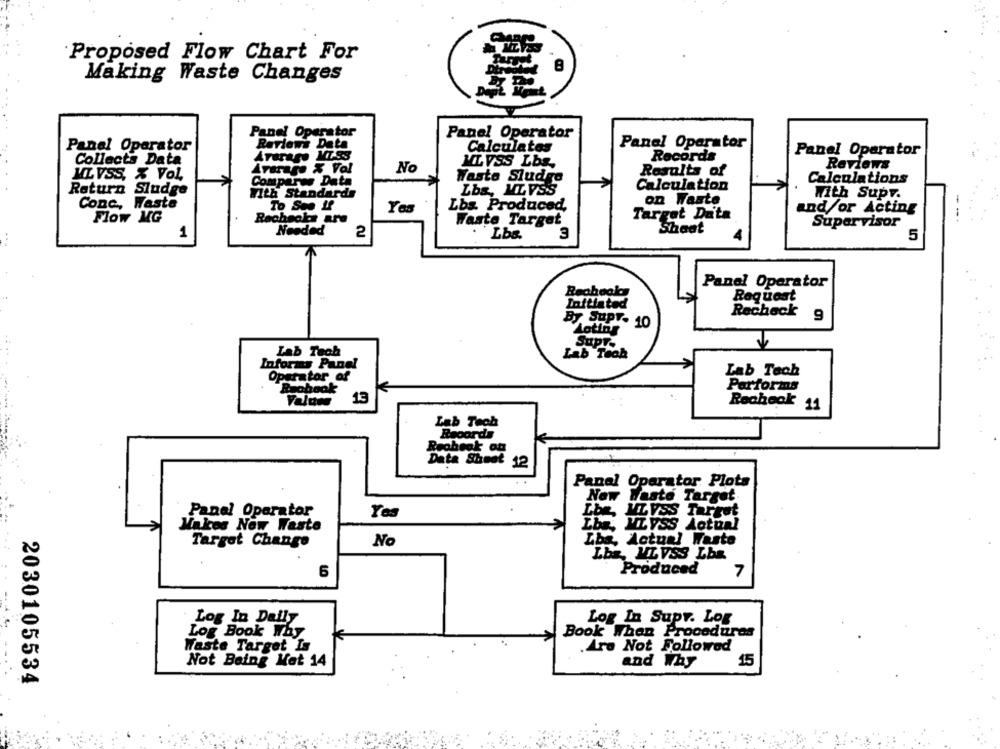
Proposed Flow Chart For
Making Waste Changes
Panel Operator
Panel Operator
Panel Operator
Reviews Data
Calculates
Panel Operator
Records
Panel Operator
Collects Data
MLVSS Lbs
Reviews
Average & Val
No
Results of
MLVSS, % Vol.
Waste Sludge
Calculations
Compares Data
Calculation
Return Sludge
With Standards
Lbs, MLVSS
With Supv.
Conc ., Waste
on Waste
To See If
Yes
Lbs. Produced,
and/or Acting
Target Data
Flow MG
Rechecks are
Waste Target
Supervisor
Needed
Shaat
1
2
Lbs.
5
Panel Operator
Reghook
Request
Initiated
Recheck
By SuPT- 10
9
Loting
Supr-
Lab Tech
Lab Tech
Informs Panel
Lab Tech
Operator of
Beabook
Parforms
13
Recheck
11
Lab Tech
Records
Recheak ot
Data Sheet 12
Panal Operator Plots
New Waste Target
Panel Operator
Yes
Lbe, MLVSS Target
LbR. MLYSS Aotunl
Makes Now Waste
Lbs, Actual Waste
Target Change
No
Lba, MLVSS Lbs.
Produced
6
7
Log In Daily
Log In Supr. Log
Log Book Why
Book When Procedures
Waste Target Is
.Are Not Followed
Not Being Met 14
and Why
15
2030105534